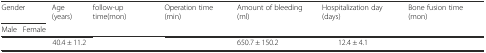
<table><thead><tr><td colspan="2"><b>Gender</b></td><td><b>Age (years)</b></td><td><b>follow-up time(mon)</b></td><td><b>Operation time (min)</b></td><td><b>Amount of bleeding (ml)</b></td><td><b>Hospitalization day (days)</b></td><td><b>Bone fusion time (mon)</b></td></tr><tr><td><b>Male</b></td><td><b>Female</b></td><td>[EMPTY_CELL]</td><td>[EMPTY_CELL]</td><td>[EMPTY_CELL]</td><td>[EMPTY_CELL]</td><td>[EMPTY_CELL]</td><td>[EMPTY_CELL]</td></tr></thead><tbody><tr><td>[EMPTY_CELL]</td><td>[EMPTY_CELL]</td><td>40.4 ± 11.2</td><td>[EMPTY_CELL]</td><td>[EMPTY_CELL]</td><td>650.7 ± 150.2</td><td>12.4 ± 4.1</td><td>[EMPTY_CELL]</td></tr></tbody></table>